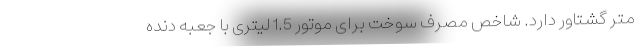
متر گشتاور دارد. شاخص مصرف سوخت برای موتور 1.5 لیتری با جعبه دنده